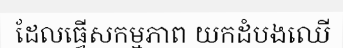
ដែលធ្វើសកម្មភាព យកដំបងឈើ